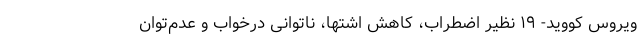
ویروس کووید- ۱۹ نظیر اضطراب، کاهش اشتها، ناتوانی درخواب و عدم‌توان